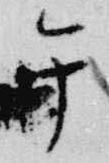
午